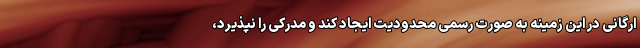
ارگانی در این زمینه به صورت رسمی محدودیت ایجاد کند و مدرکی را نپذیرد،